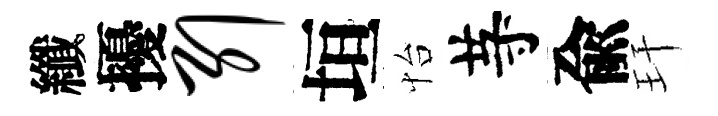
纖擾引垣怡䒭兪玕